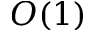
O ( 1 )